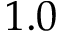
1 . 0